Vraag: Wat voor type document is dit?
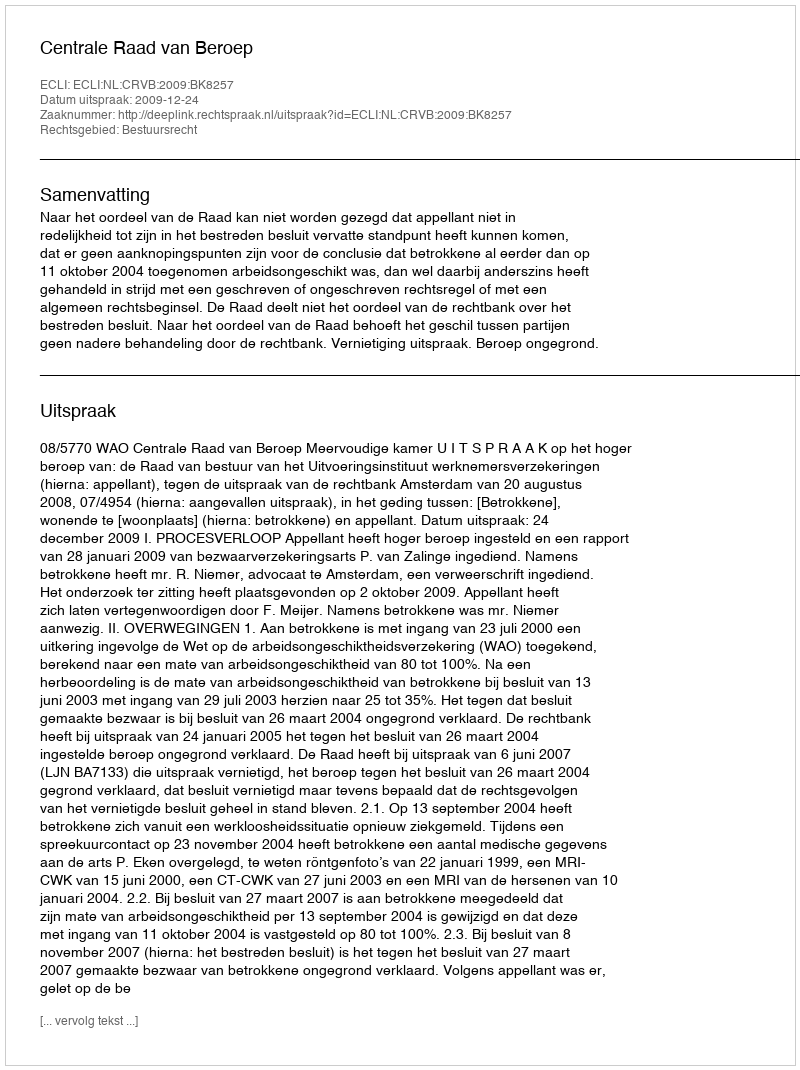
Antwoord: Uitspraak